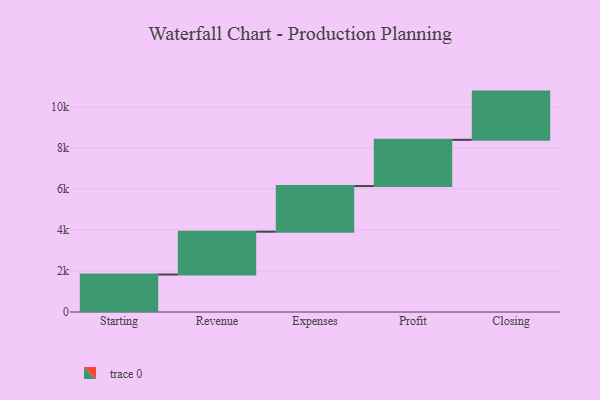
{"axis": {"x": "Step", "y": "Value"}, "legend": [""], "data": [{"x": "Starting", "y": 1829.0, "type": ""}, {"x": "Revenue", "y": 2089.0, "type": ""}, {"x": "Expenses", "y": 2226.0, "type": ""}, {"x": "Profit", "y": 2256.0, "type": ""}, {"x": "Closing", "y": 2352.0, "type": ""}]}